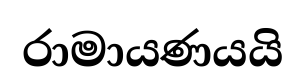
රාමායණයයි